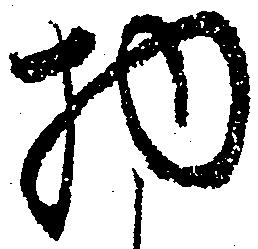
物